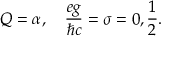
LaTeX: Q = { \alpha } , \quad \frac { e g } { \hbar c } = \sigma = 0 , \frac { 1 } { 2 } .